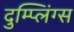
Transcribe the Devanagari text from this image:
दुम्प्लिंग्स